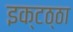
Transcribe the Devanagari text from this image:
इक्टठ्ठा